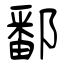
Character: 鄱